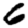
Digit: 6